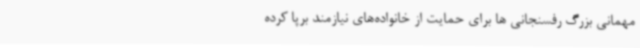
مهمانی بزرگ رفسنجانی ها برای حمایت از خانواده‌های نیازمند برپا کرده